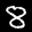
Label: 8